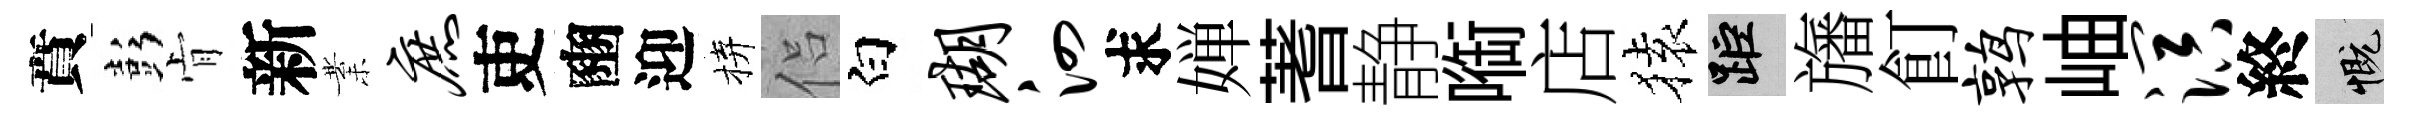
賁彭肻新業庶吏豳迎拚侣白瑚泗求婵蓍静㗸店𫞤距旛飣鹑岫溟終慨